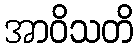
အာဝိသတိ